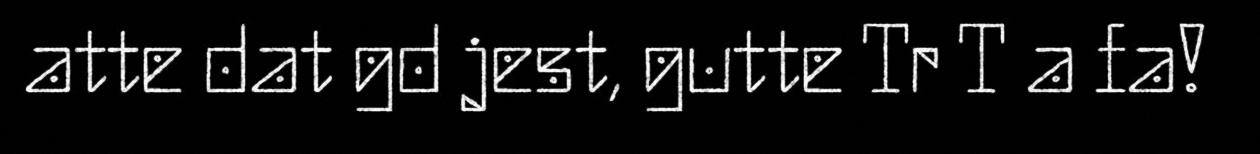
atte dat gd jest, gutte Tr T a fa!